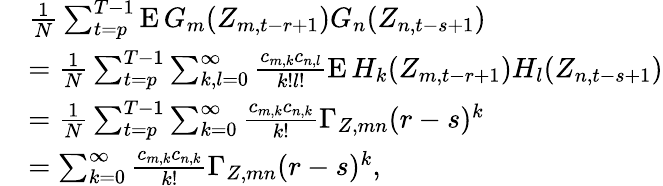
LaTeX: \begin{array}{rl}&{\frac{1}{N}\sum_{t=p}^{T-1}\operatorname{E}G_{m}(Z_{m,t-r+1})G_{n}(Z_{n,t-s+1})}\\ &{=\frac{1}{N}\sum_{t=p}^{T-1}\sum_{k,l=0}^{\infty}\frac{c_{m,k}c_{n,l}}{k!l!}\operatorname{E}H_{k}(Z_{m,t-r+1})H_{l}(Z_{n,t-s+1})}\\ &{=\frac{1}{N}\sum_{t=p}^{T-1}\sum_{k=0}^{\infty}\frac{c_{m,k}c_{n,k}}{k!}\Gamma_{Z,mn}(r-s)^{k}}\\ &{=\sum_{k=0}^{\infty}\frac{c_{m,k}c_{n,k}}{k!}\Gamma_{Z,mn}(r-s)^{k},}\end{array}